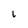
Character: L